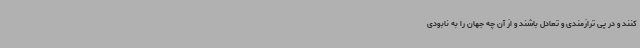
کنند و در پی ترازمندی و تعادل باشند و از آن چه جهان را به نابودی